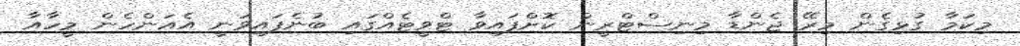
މިކަމާ ގުޅިގެން މިރޭ ޖެންޑާ މިނިސްޓްރީން ކޮށްފައިވާ ޓްވީޓެއްގައި ބުނެފައިވަނީ އެއަންހެން މީހާއާ